65_HS1-834228961_62-HQ-83894_Section_1
Agency: FBI
Page 105
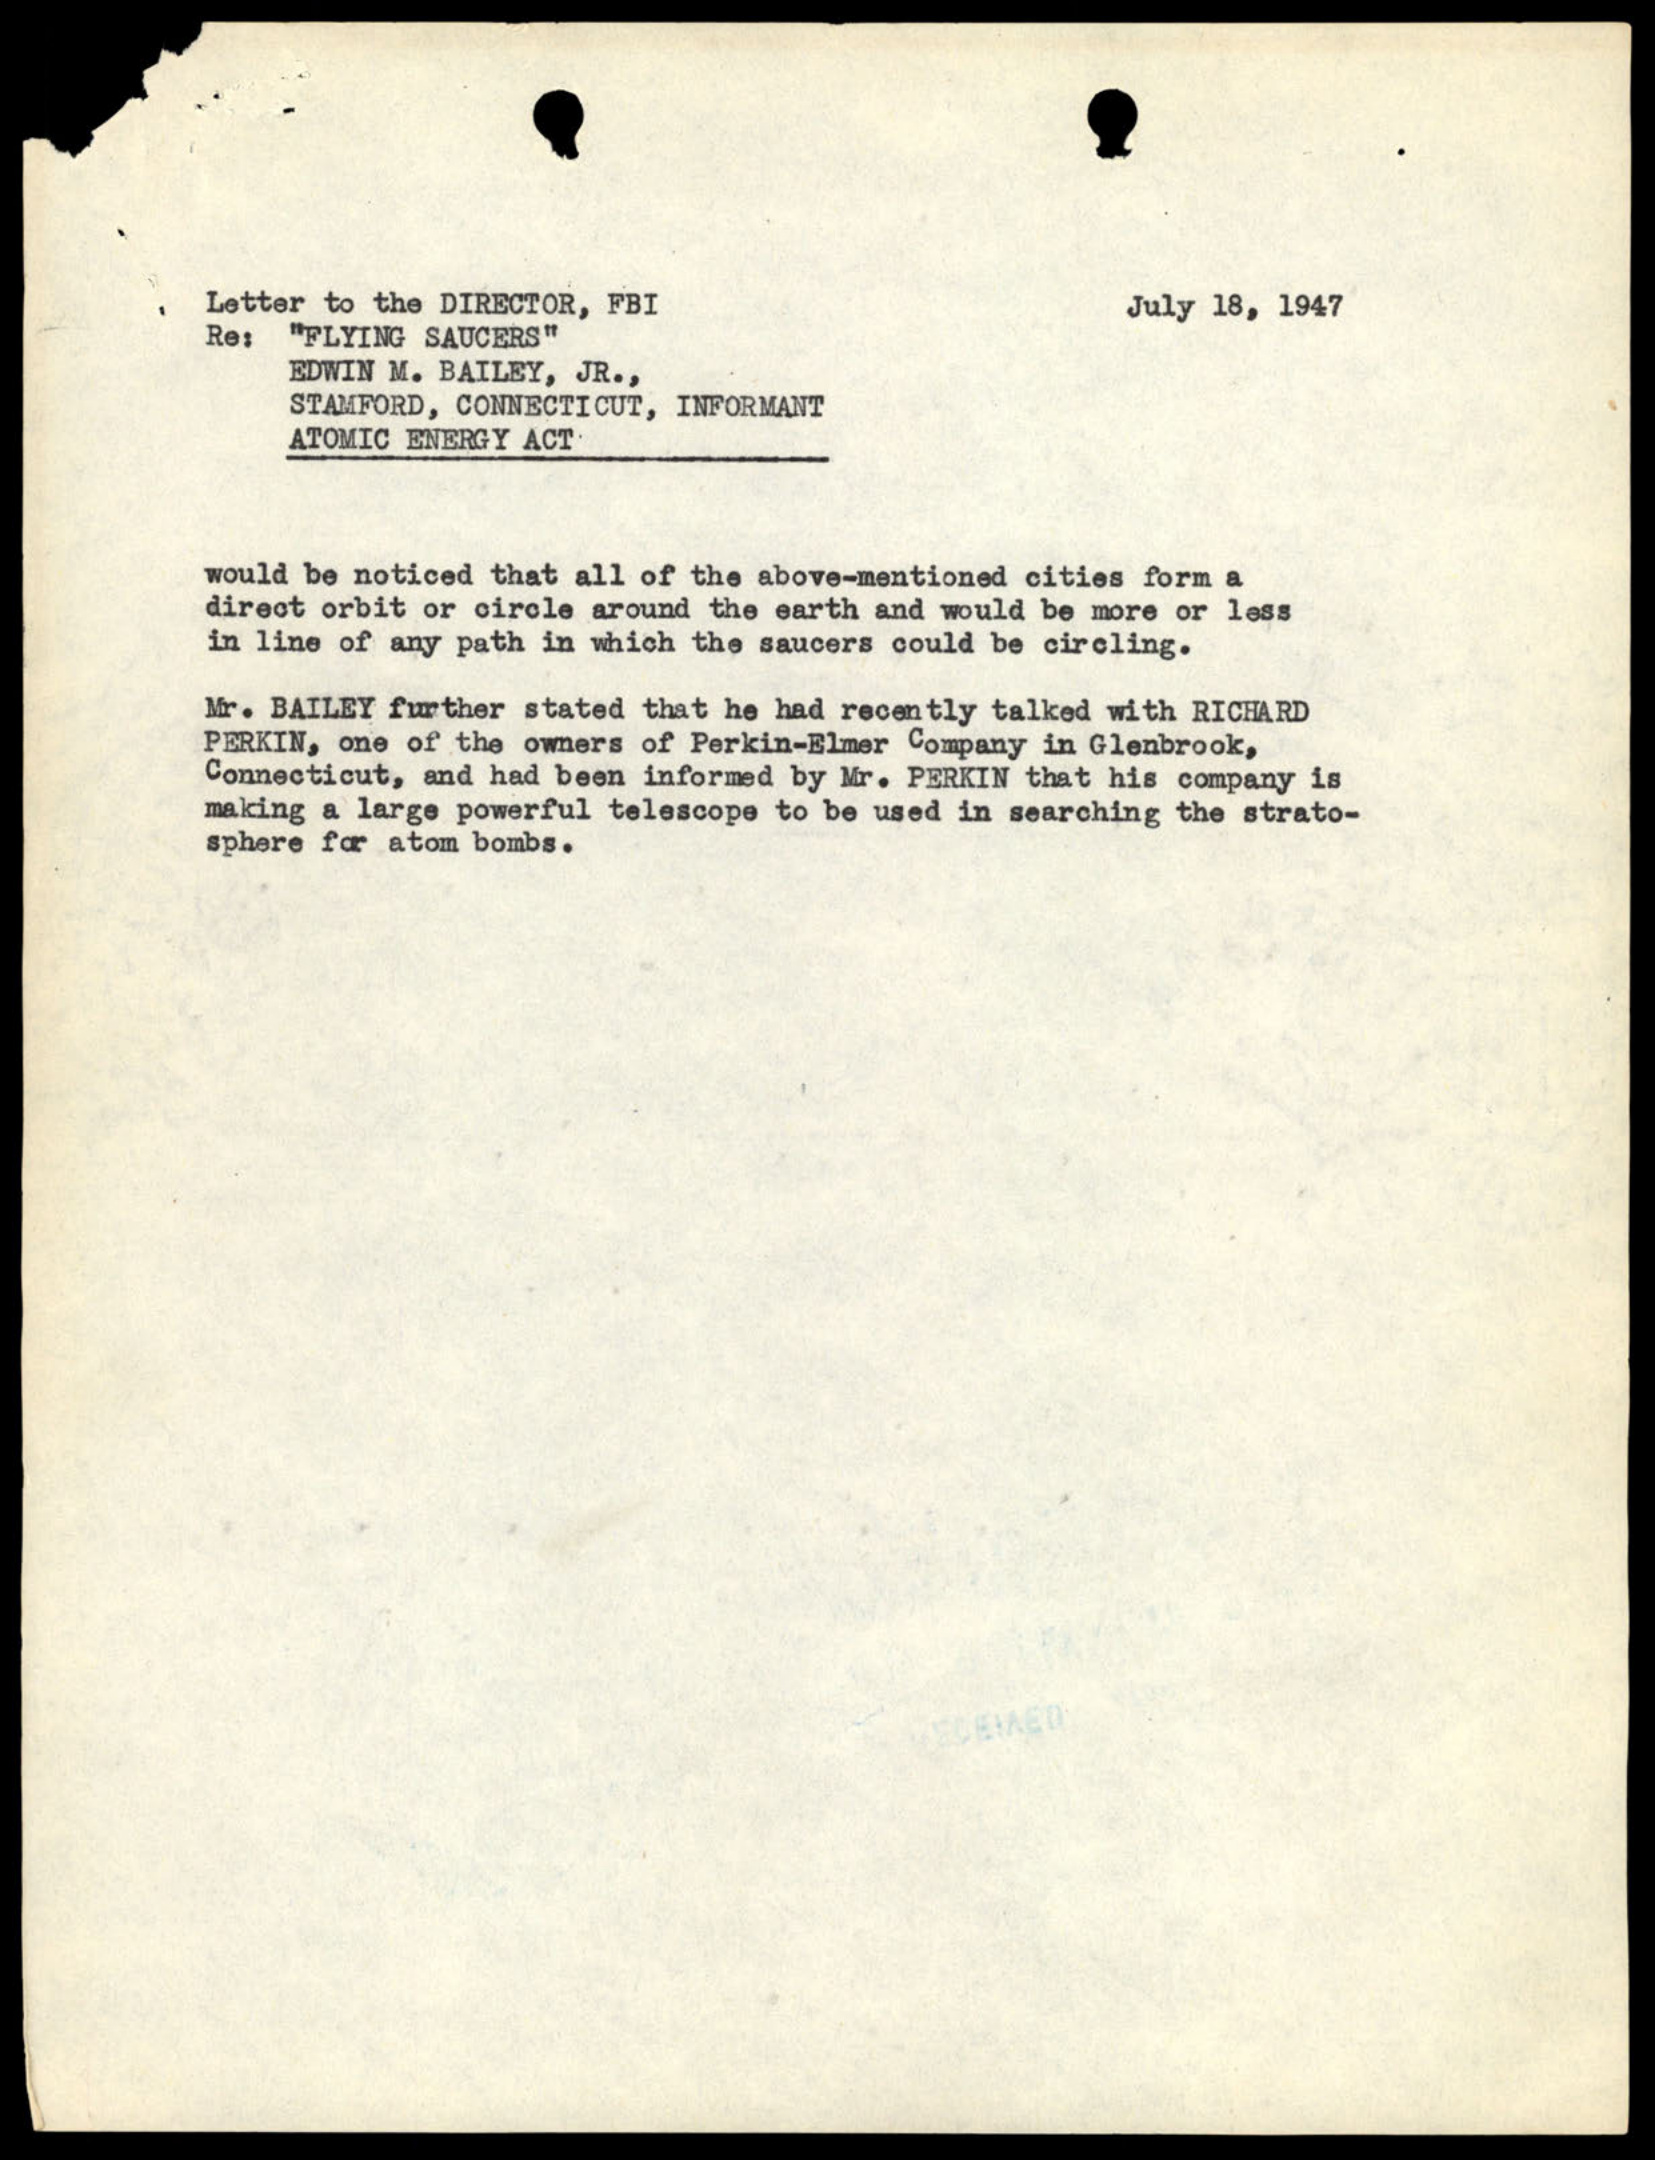